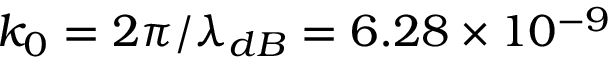
k _ { 0 } = 2 \pi / \lambda _ { d B } = 6 . 2 8 \times 1 0 ^ { - 9 }